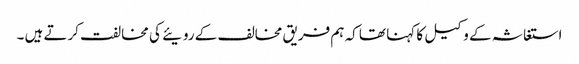
استغاثہ کے وکیل کا کہنا تھا کہ ہم فریق مخالف کے رویئے کی مخالفت کرتے ہیں ۔